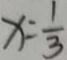
x = \frac { 1 } { 3 }